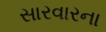
સારવારના